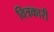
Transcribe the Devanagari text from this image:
वित्रकारी